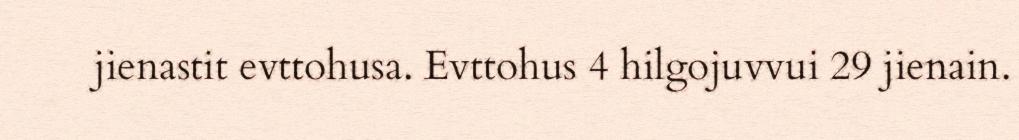
jienastit evttohusa. Evttohus 4 hilgojuvvui 29 jienain.